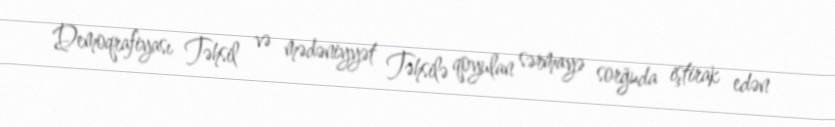
Demoqrafiyası Təhsil və mədəniyyət Təhsilə qoyulan sərmayə sorğuda iştirak edən